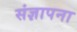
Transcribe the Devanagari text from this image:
संज्ञापना